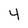
Character: 4